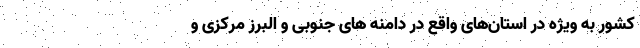
کشور به ویژه در استان‌های واقع در دامنه های جنوبی و البرز مرکزی و